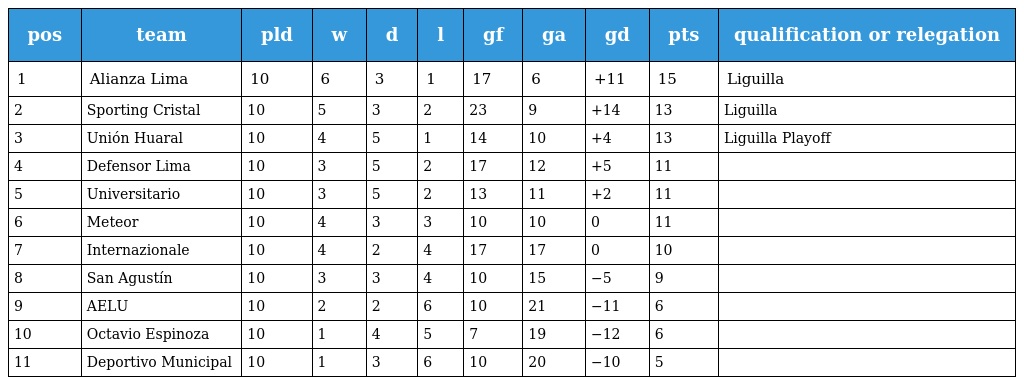
| pos | team | pld | w | d | l | gf | ga | gd | pts | qualification or relegation |
 | --- | --- | --- | --- | --- | --- | --- | --- | --- | --- | --- |
 | 1 | Alianza Lima | 10 | 6 | 3 | 1 | 17 | 6 | +11 | 15 | Liguilla |
 | 2 | Sporting Cristal | 10 | 5 | 3 | 2 | 23 | 9 | +14 | 13 | Liguilla |
 | 3 | Unión Huaral | 10 | 4 | 5 | 1 | 14 | 10 | +4 | 13 | Liguilla Playoff |
 | 4 | Defensor Lima | 10 | 3 | 5 | 2 | 17 | 12 | +5 | 11 |  |
 | 5 | Universitario | 10 | 3 | 5 | 2 | 13 | 11 | +2 | 11 |  |
 | 6 | Meteor | 10 | 4 | 3 | 3 | 10 | 10 | 0 | 11 |  |
 | 7 | Internazionale | 10 | 4 | 2 | 4 | 17 | 17 | 0 | 10 |  |
 | 8 | San Agustín | 10 | 3 | 3 | 4 | 10 | 15 | −5 | 9 |  |
 | 9 | AELU | 10 | 2 | 2 | 6 | 10 | 21 | −11 | 6 |  |
 | 10 | Octavio Espinoza | 10 | 1 | 4 | 5 | 7 | 19 | −12 | 6 |  |
 | 11 | Deportivo Municipal | 10 | 1 | 3 | 6 | 10 | 20 | −10 | 5 |  |